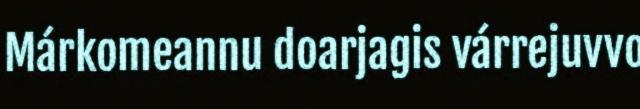
Márkomeannu doarjagis várrejuvvo